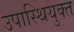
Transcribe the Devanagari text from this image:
उपास्थियुक्त